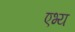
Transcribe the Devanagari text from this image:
एभ्य